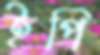
ইপি